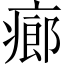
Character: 㾿